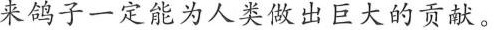
来鸽子一定能为人类做出巨大贡献。